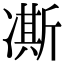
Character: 凘